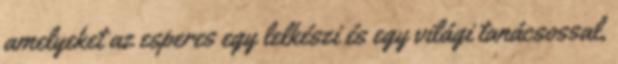
amelyeket az esperes egy lelkészi és egy világi tanácsossal,